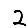
Digit: 2